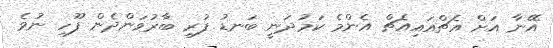
އޭނާ އަށް އެޗްއައިއެޗް އެންމެ ކަމުދަނީ ބަނޑު ފުރި ބާރުވަންދެން ފޫހި ނުވެ